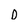
Character: D